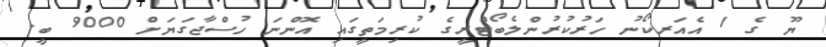
ޔޫ ގެ 1 އެއަރކޯނު ހަރުކުރުންލެބޯޓްރީގެ ކުރިމަތީގައި އޮންނަ ހުސްޖާގަޔަށް 9000 ބީ.